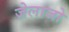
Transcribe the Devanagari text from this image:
ज़ेलाजो